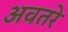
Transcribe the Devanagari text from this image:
अवतरे